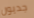
جديون